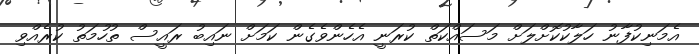
އެމަނިކުފާނު ހަލާކުކޮށްލަށް މަސައްކަތް ކުރަނީ އެހެންވެގެން ކަމަށް ނައިބު ރައީސް ތުހުމަތު ކުރެއްވި